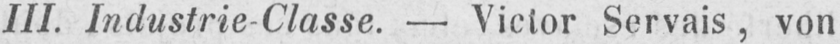
III. Industrie-Classe. - Victor Servais, von